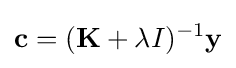
\mathbf {c} =(\mathbf {K} +\lambda I)^{-1}\mathbf {y}